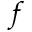
f